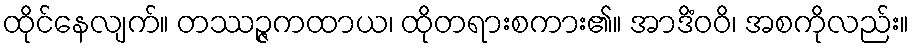
ထိုင်နေလျက်။ တဿဉ္ဇကထာယ၊ ထိုတရားစကား၏။ အာဒိံဝဝိ၊ အစကိုလည်း။